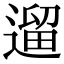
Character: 遛